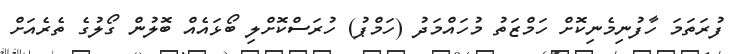
ފުރަތަމަ ހާފުނިމެނިކޮށް ހަމްޒަތު މުހައްމަދު (ހަމްޕު) ހުރަސްކޮށްލި ބޯޅައެއް ބޮޮލުން ގޯލުގެ ތެރެއަށް